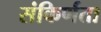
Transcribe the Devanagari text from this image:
संकिर्णता